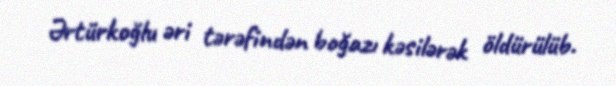
Ərtürkoğlu əri tərəfindən boğazı kəsilərək öldürülüb.